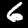
Digit: 6